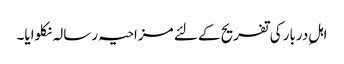
اہلِ دربار کی تفریح کے لئے مزاحیہ رسالہ نکلوایا۔